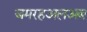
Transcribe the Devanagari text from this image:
जमरहअलअब